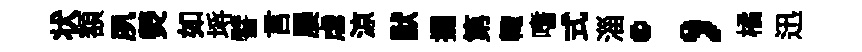
状額夙熒如埓譬言屡虐涼默攔第輙嗜式淄；橘迅